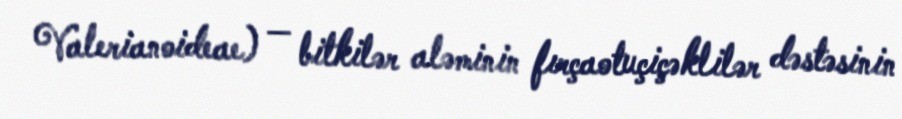
Valerianoideae) — bitkilər aləminin fırçaotuçiçəklilər dəstəsinin